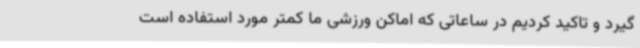
گیرد و تاکید کردیم در ساعاتی که اماکن ورزشی ما کمتر مورد استفاده است